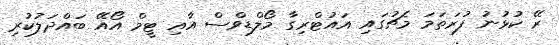
ރޭ ކުޅުނު ފުރަތަމަ މެޗުގައި އައުޓްރިގާ މޯލްޑިވްސް އާއި ޓީމް އޯއޭ ބައްދަލުކުރި